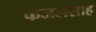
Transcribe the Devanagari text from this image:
फजलशाह